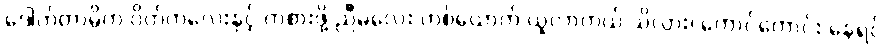
ဒေါက်တာမိက ဝိတ်ကလေးနှင့် ကစားဖို့ ညီမလေး တစ်ယောက် ယူလာတယ် သိလား၊ ကောင်ကောင်း နေရင်